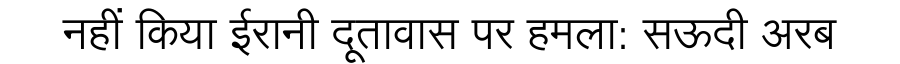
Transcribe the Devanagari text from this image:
नहीं किया ईरानी दूतावास पर हमला: सऊदी अरब